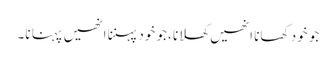
جو خود کھانا انھیں کھلانا ،جو خود پہننا انھیں پہنا نا۔